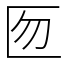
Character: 匢